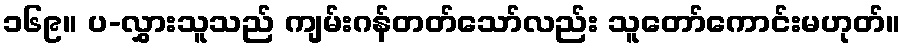
၁၆၉။ ပ-လွှားသူသည် ကျမ်းဂန်တတ်သော်လည်း သူတော်ကောင်းမဟုတ်။